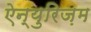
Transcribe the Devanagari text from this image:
ऐन्युरिज़म